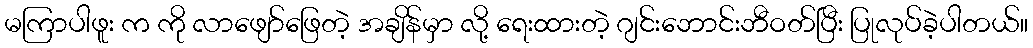
မကြာပါဖူး က ကို လာဖျော်ဖြေတဲ့ အချိန်မှာ လို့ ရေးထားတဲ့ ဂျင်းဘောင်းဘီဝတ်ပြီး ပြုလုပ်ခဲ့ပါတယ်။